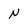
Character: n